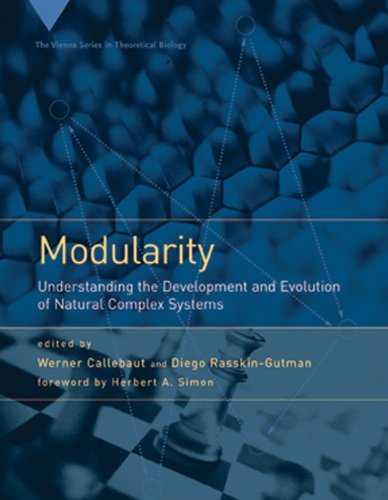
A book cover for Modularity: Understanding the Development and Evolution of Natural Complex Systems (Vienna Series in Theoretical Biology); Science & Math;